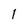
Character: 1